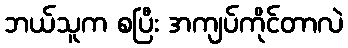
ဘယ်သူက စပြီး အကျပ်ကိုင်တာလဲ